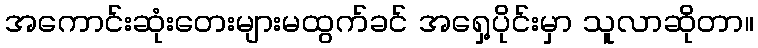
အကောင်းဆုံးတေးများမထွက်ခင် အရှေ့ပိုင်းမှာ သူလာဆိုတာ။